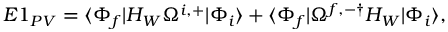
\begin{array} { r } { E 1 _ { P V } = \langle \Phi _ { f } | H _ { W } \Omega ^ { i , + } | \Phi _ { i } \rangle + \langle \Phi _ { f } | \Omega ^ { f , - \dagger } H _ { W } | \Phi _ { i } \rangle , } \end{array}